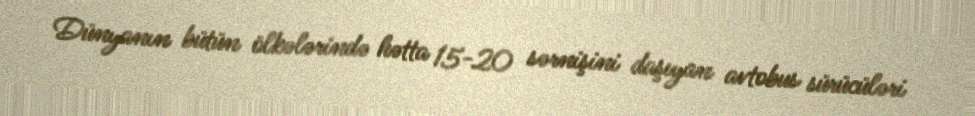
Dünyanın bütün ölkələrində hətta 15-20 sərnişini daşıyan avtobus sürücüləri